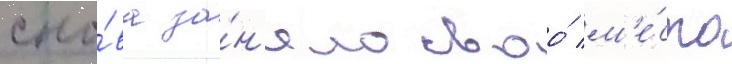
сно́ва за́н'яло своо́ м'е́сто